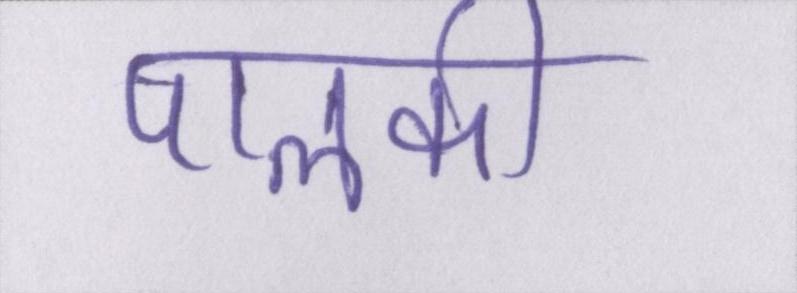
पालकी